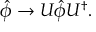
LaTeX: \hat { \phi } \rightarrow U \hat { \phi } U ^ { \dagger } .